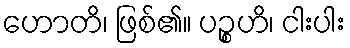
ဟောတိ၊ ဖြစ်၏။ ပဉ္စဟိ၊ ငါးပါး